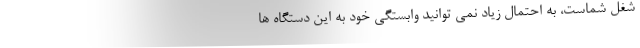
شغل شماست، به احتمال زیاد نمی توانید وابستگی خود به این دستگاه ها